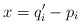
\begin{align*}x = q_i' - p_i\end{align*}